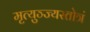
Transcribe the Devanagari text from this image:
मृत्युञ्ज्यस्तोत्रं